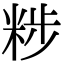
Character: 𥹴